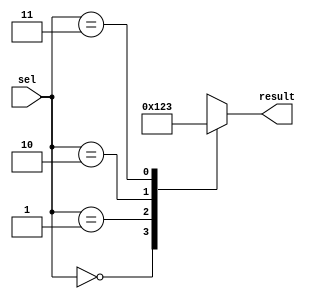
module parallel_case_example (
    input wire [1:0] sel,
    output reg [3:0] result
);

always @*
begin
    case(sel)
        2'b00: result = 4'b0000;
        2'b01: result = 4'b0001;
        2'b10: result = 4'b0010;
        2'b11: result = 4'b0011;
        default: result = 4'bXXXX; // default condition
    endcase
end

endmodule